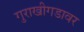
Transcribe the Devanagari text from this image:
गुराखीगडावर